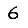
Digit: 6